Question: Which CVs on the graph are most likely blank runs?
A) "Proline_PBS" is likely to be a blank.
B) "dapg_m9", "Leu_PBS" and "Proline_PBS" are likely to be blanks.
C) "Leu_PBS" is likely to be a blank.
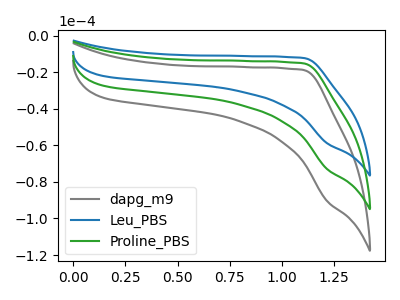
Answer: <think>The gray curve "dapg_m9" has no peaks. The blue curve "Leu_PBS" has no peaks. The green curve "Proline_PBS" has no peaks.</think>
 <answer>B) "dapg_m9", "Leu_PBS" and "Proline_PBS" are likely to be blanks.</answer>
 <eval>B</eval>